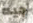
جيه